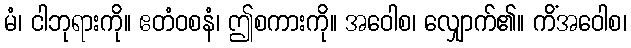
မံ၊ ငါဘုရားကို။ ဧတံဝစနံ၊ ဤစကားကို။ အဝေါစ၊ လျှောက်၏။ ကိံအဝေါစ၊